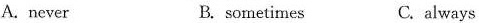
A.never B. sometimes C.always